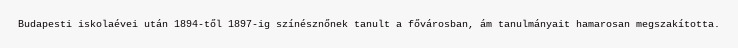
Budapesti iskolaévei után 1894-től 1897-ig színésznőnek tanult a fővárosban, ám tanulmányait hamarosan megszakította.